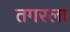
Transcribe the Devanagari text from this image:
तगरला